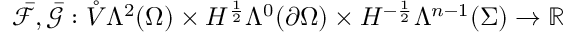
\bar { \mathcal { F } } , \bar { \mathcal { G } } : \mathring { V } \Lambda ^ { 2 } ( \Omega ) \times H ^ { \frac { 1 } { 2 } } \Lambda ^ { 0 } ( \partial \Omega ) \times H ^ { - \frac { 1 } { 2 } } \Lambda ^ { n - 1 } ( \Sigma ) \to \mathbb { R }